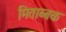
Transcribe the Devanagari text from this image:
मिताब्बक